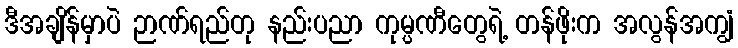
ဒီအချိန်မှာပဲ ဉာဏ်ရည်တု နည်းပညာ ကုမ္ပဏီတွေရဲ့ တန်ဖိုးက အလွန်အကျွံ